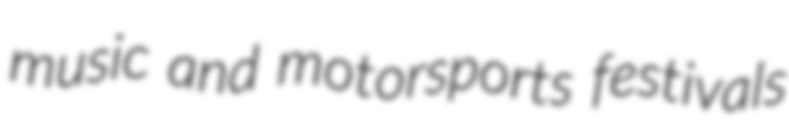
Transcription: music and motorsports festivals